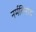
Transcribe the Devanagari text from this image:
नर्मविनोद